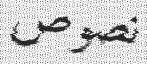
نصوص